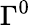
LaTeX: \Gamma^{0}